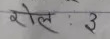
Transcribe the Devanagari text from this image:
रोल : ३